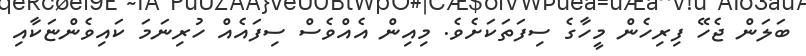
ބަލަން ޖެހޭ ފިރިހެން މީހާގެ ސިފަތަކަށެވެ. މިއިން އެއްވެސް ސިފައެއް ހުރިނަމަ ކައިވެންޏަކާއި